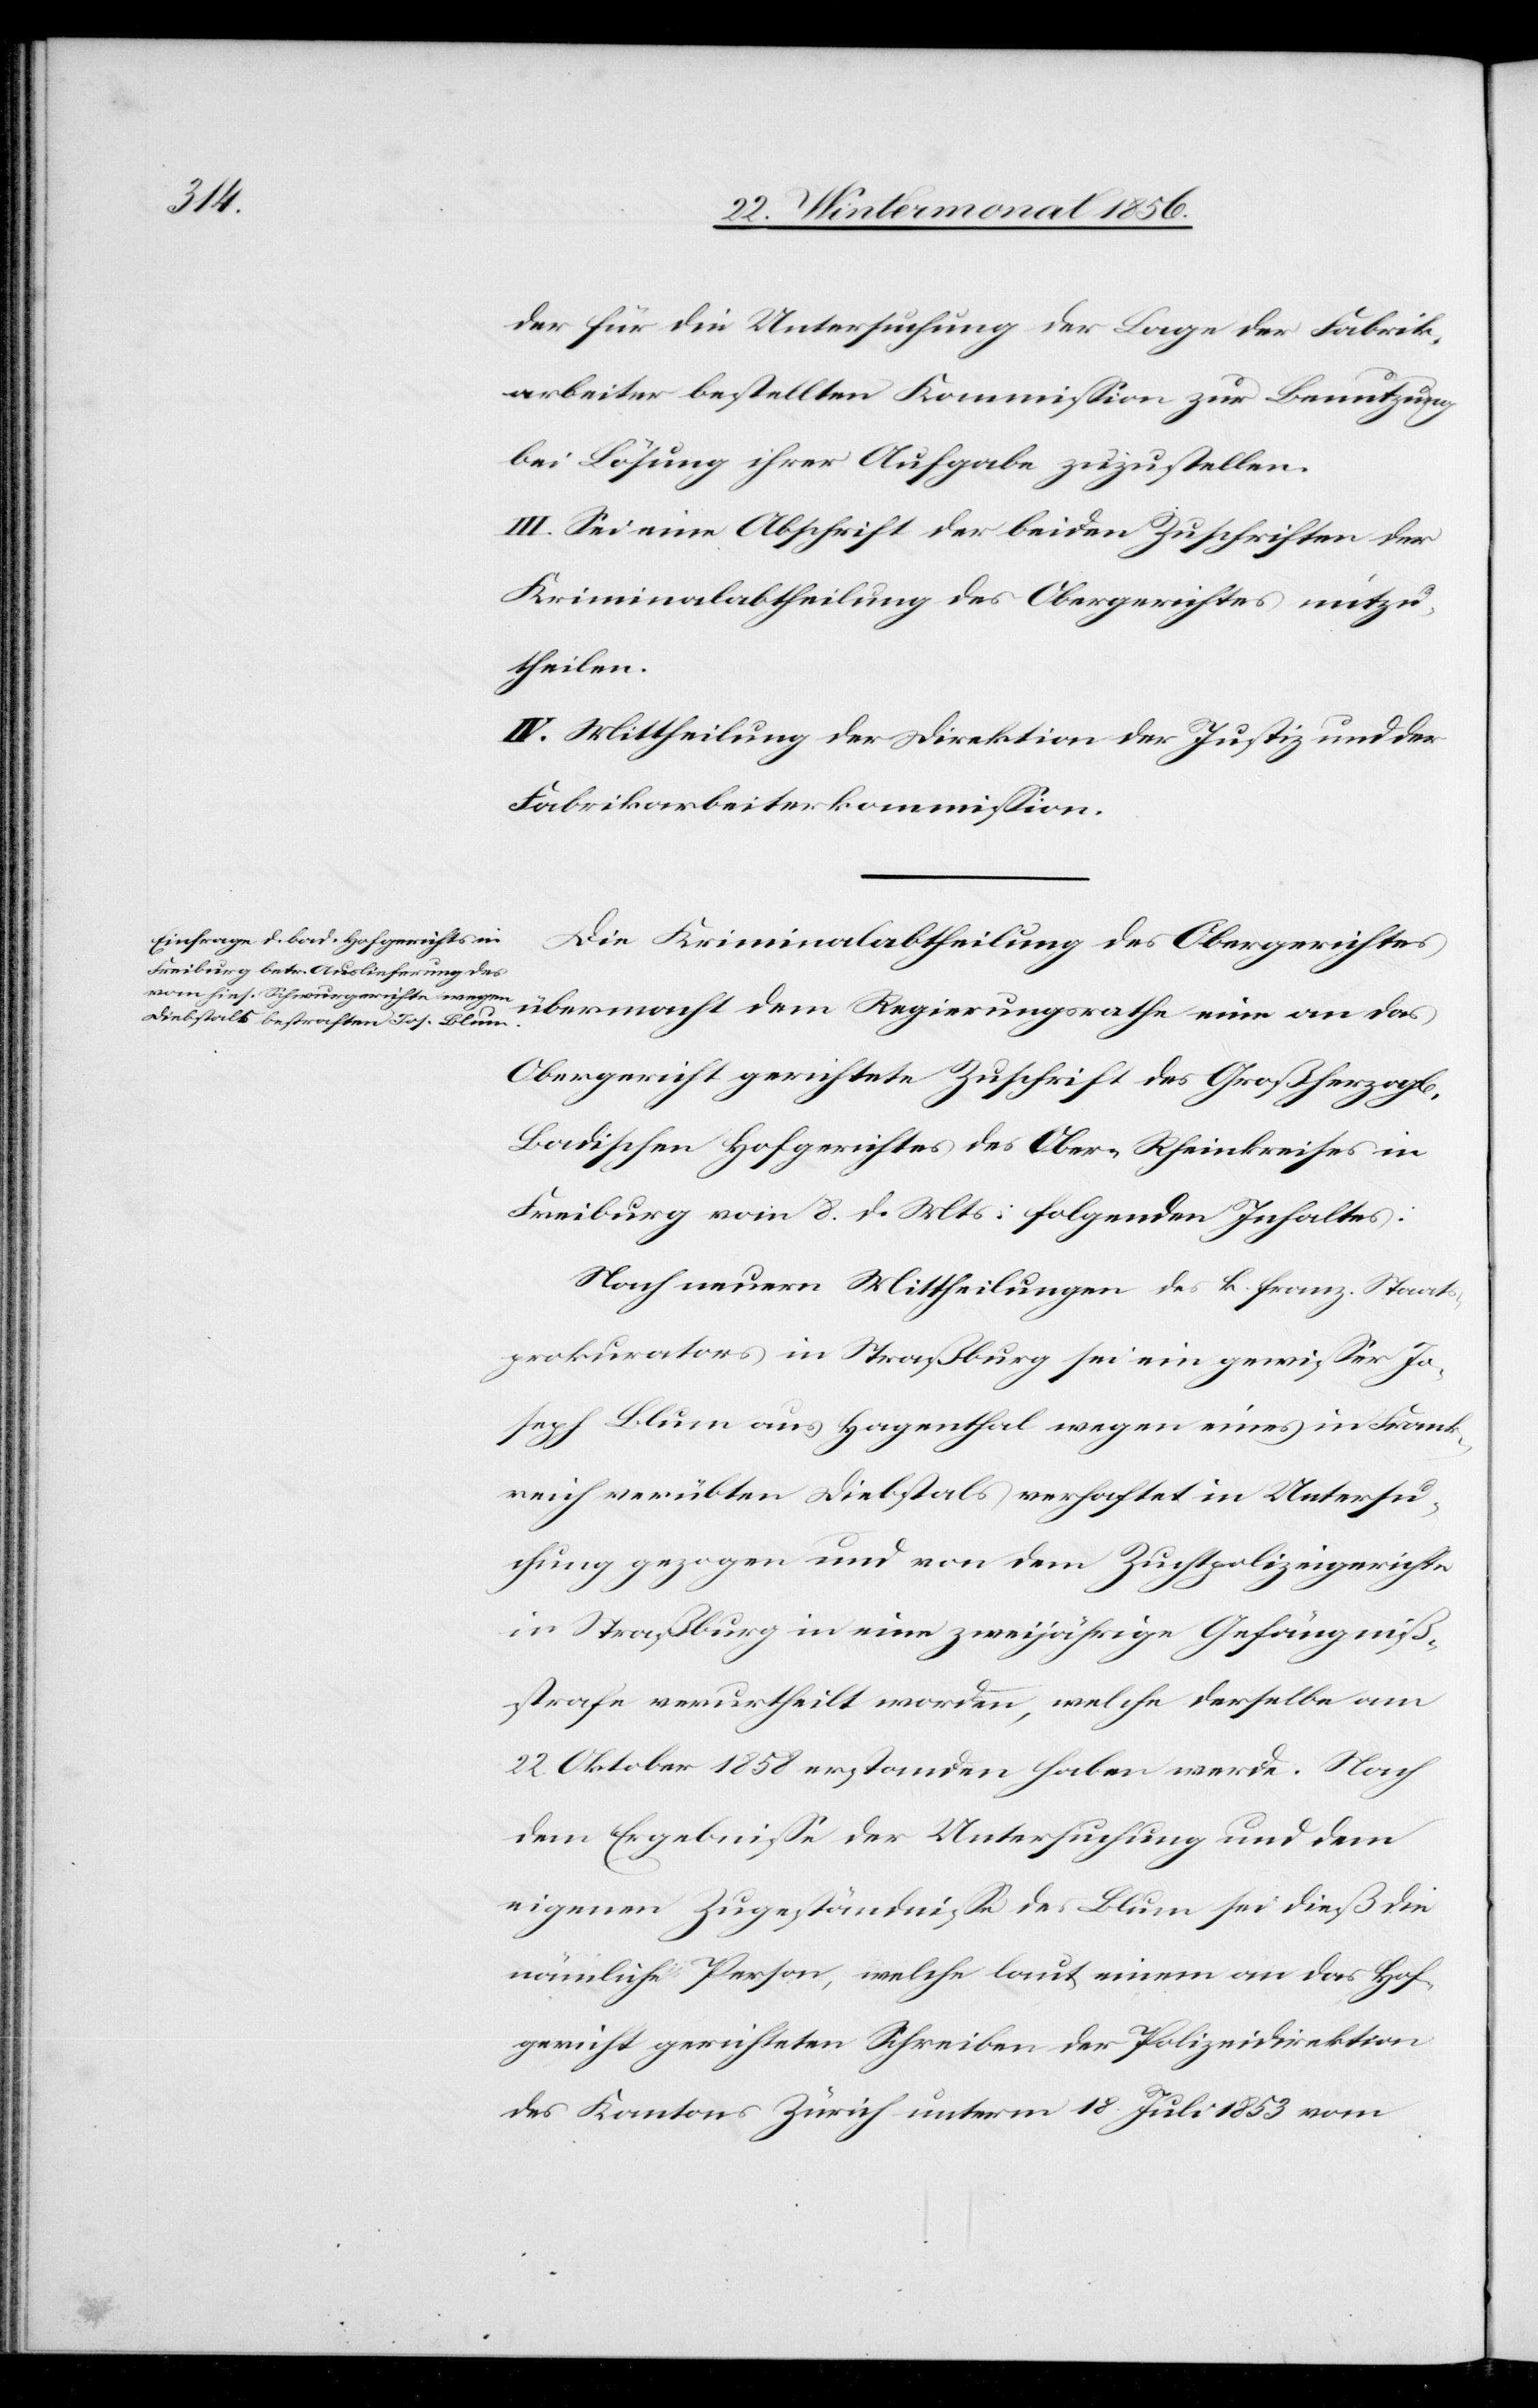
chen]

der für die Untersuchung der Lage der Fabrik¬
arbeiter bestellten Kommission zur Benutzung
bei Lösung ihrer Aufgabe zuzustellen.
III. Sei eine Abschrift der beiden Zuschriften der
Kriminalabtheilung des Obergerichtes mitzu¬
theilen.
IV. Mittheilung der Direktion der Justiz und der
Fabrikarbeiterkommission.
Die Kriminalabtheilung des Obergerichtes
übermacht dem Regierungsrathe eine an das
Obergericht gerichtete Zuschrift des Großherzogl[i¬
Badischen Hofgerichtes des Ober-Rheinkreises in
Freiburg vom 8. d. Mts. folgenden Inhaltes:
Nach neuern Mittheilung des k. franz. Staats¬
prokurators in Straßburg sei ein gewisser Jo¬
seph Blum aus Hagenthal wegen eines in Frank¬
reich verübten Diebstals verhaftet in Untersu¬
chung gezogen und von dem Zuchtpolizeigerichte
in Straßburg in eine zweijährige Gefängniß¬
strafe verurtheilt worden, welche derselbe am
22. Oktober 1858 erstanden haben werde. Nach
dem Ergebnisse der Untersuchung und dem
eigenen Zugeständnisse des Blum sei dieß die
nämliche Person, welche laut einem an das Hof¬
gericht gerichteten Schreiben der Polizeidirektion
des Kantons Zürich unterm 18. Juli 1853 vom